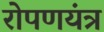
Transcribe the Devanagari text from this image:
रोपणयंत्र